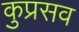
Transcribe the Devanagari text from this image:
कुप्रसव